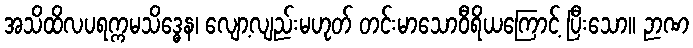
အသိထိလပရက္ကမသိဒ္ဓေန၊ လျော့လျည်းမဟုတ် တင်းမာသောဝီရိယကြောင့် ပြီးသော။ ဉာဏ